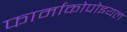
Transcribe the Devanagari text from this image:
फार्माकोपोइयल